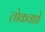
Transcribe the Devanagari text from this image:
लोकवाद्ये